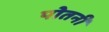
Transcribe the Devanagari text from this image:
पोतनी